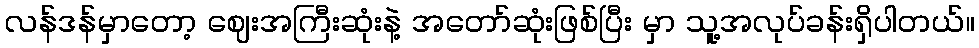
လန်ဒန်မှာတော့ ဈေးအကြီးဆုံးနဲ့ အတော်ဆုံးဖြစ်ပြီး မှာ သူ့အလုပ်ခန်းရှိပါတယ်။